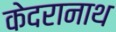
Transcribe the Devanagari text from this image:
केदरानाथ